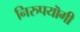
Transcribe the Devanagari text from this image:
निरुपयॊगी